Civil Veterinary Dept. Assam report 1927-50 - 1927-1950
Year: 1927
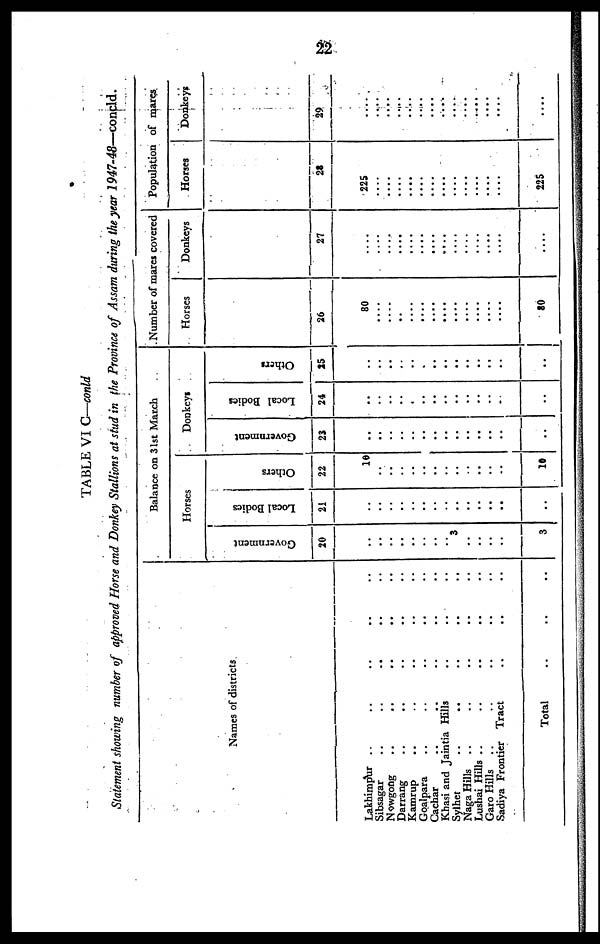
22
TABLE VI G—conld
Statement showing number of approved Horse and Donkey Stallions at stud in the Province of Assam during the year 1947-48—concld.
Names of districts
Lakhimpur .. .. ..
Sibsagar .. .. ..
Nowgong .. .. ..
Darrang .. .. ..
Kamrup .. .. ..
Goalpara .. .. ..
Cachar .. .. ..
Kbasi and Jaintia Hills ..
Sylhet .. .. ..
Naga Hills .. .. ..
Lushai Hills .. .. ..
Garo Hills .. .. ..
Sadiya Frontier Tract ..
Total
Balance on 31st March
Horses
Government
20
..
..
..
..
..
..
..
..
3
..
..
..
..
3
Local Bodies
21
..
..
..
..
..
..
..
..
..
..
..
..
..
Others
22
10
..
..
..
..
..
..
..
..
..
..
..
..
10
Donkeys
Government
23
..
..
..
..
..
..
..
..
..
..
..
..
..
..
Local Bodies
24
..
..
..
..
..
..
..
..
..
..
..
..
..
..
Others
25
..
..
..
..
..
..
..
..
..
..
..
..
..
..
Number of mares covered
Horses
26
80
.....
.....
.....
.....
.....
.....
.....
.....
.....
.....
.....
.....
80
Donkeys
27
.....
.....
.....
.....
.....
.....
.....
.....
.....
.....
.....
.....
.....
.....
Population of mares
Horses
28
225
.....
.....
.....
.....
.....
.....
.....
.....
.....
.....
.....
.....
22S
Donkeys
29
.....
.....
.....
.....
.....
.....
.....
.....
.....
.....
.....
.....
.....
....